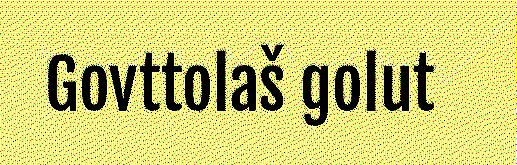
Govttolaš golut